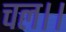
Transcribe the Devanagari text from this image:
चल।।